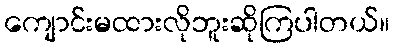
ကျောင်းမထားလိုဘူးဆိုကြပါတယ်။